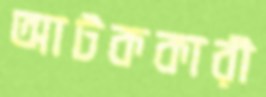
আটককারী